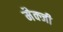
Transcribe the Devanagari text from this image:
मैक्जी